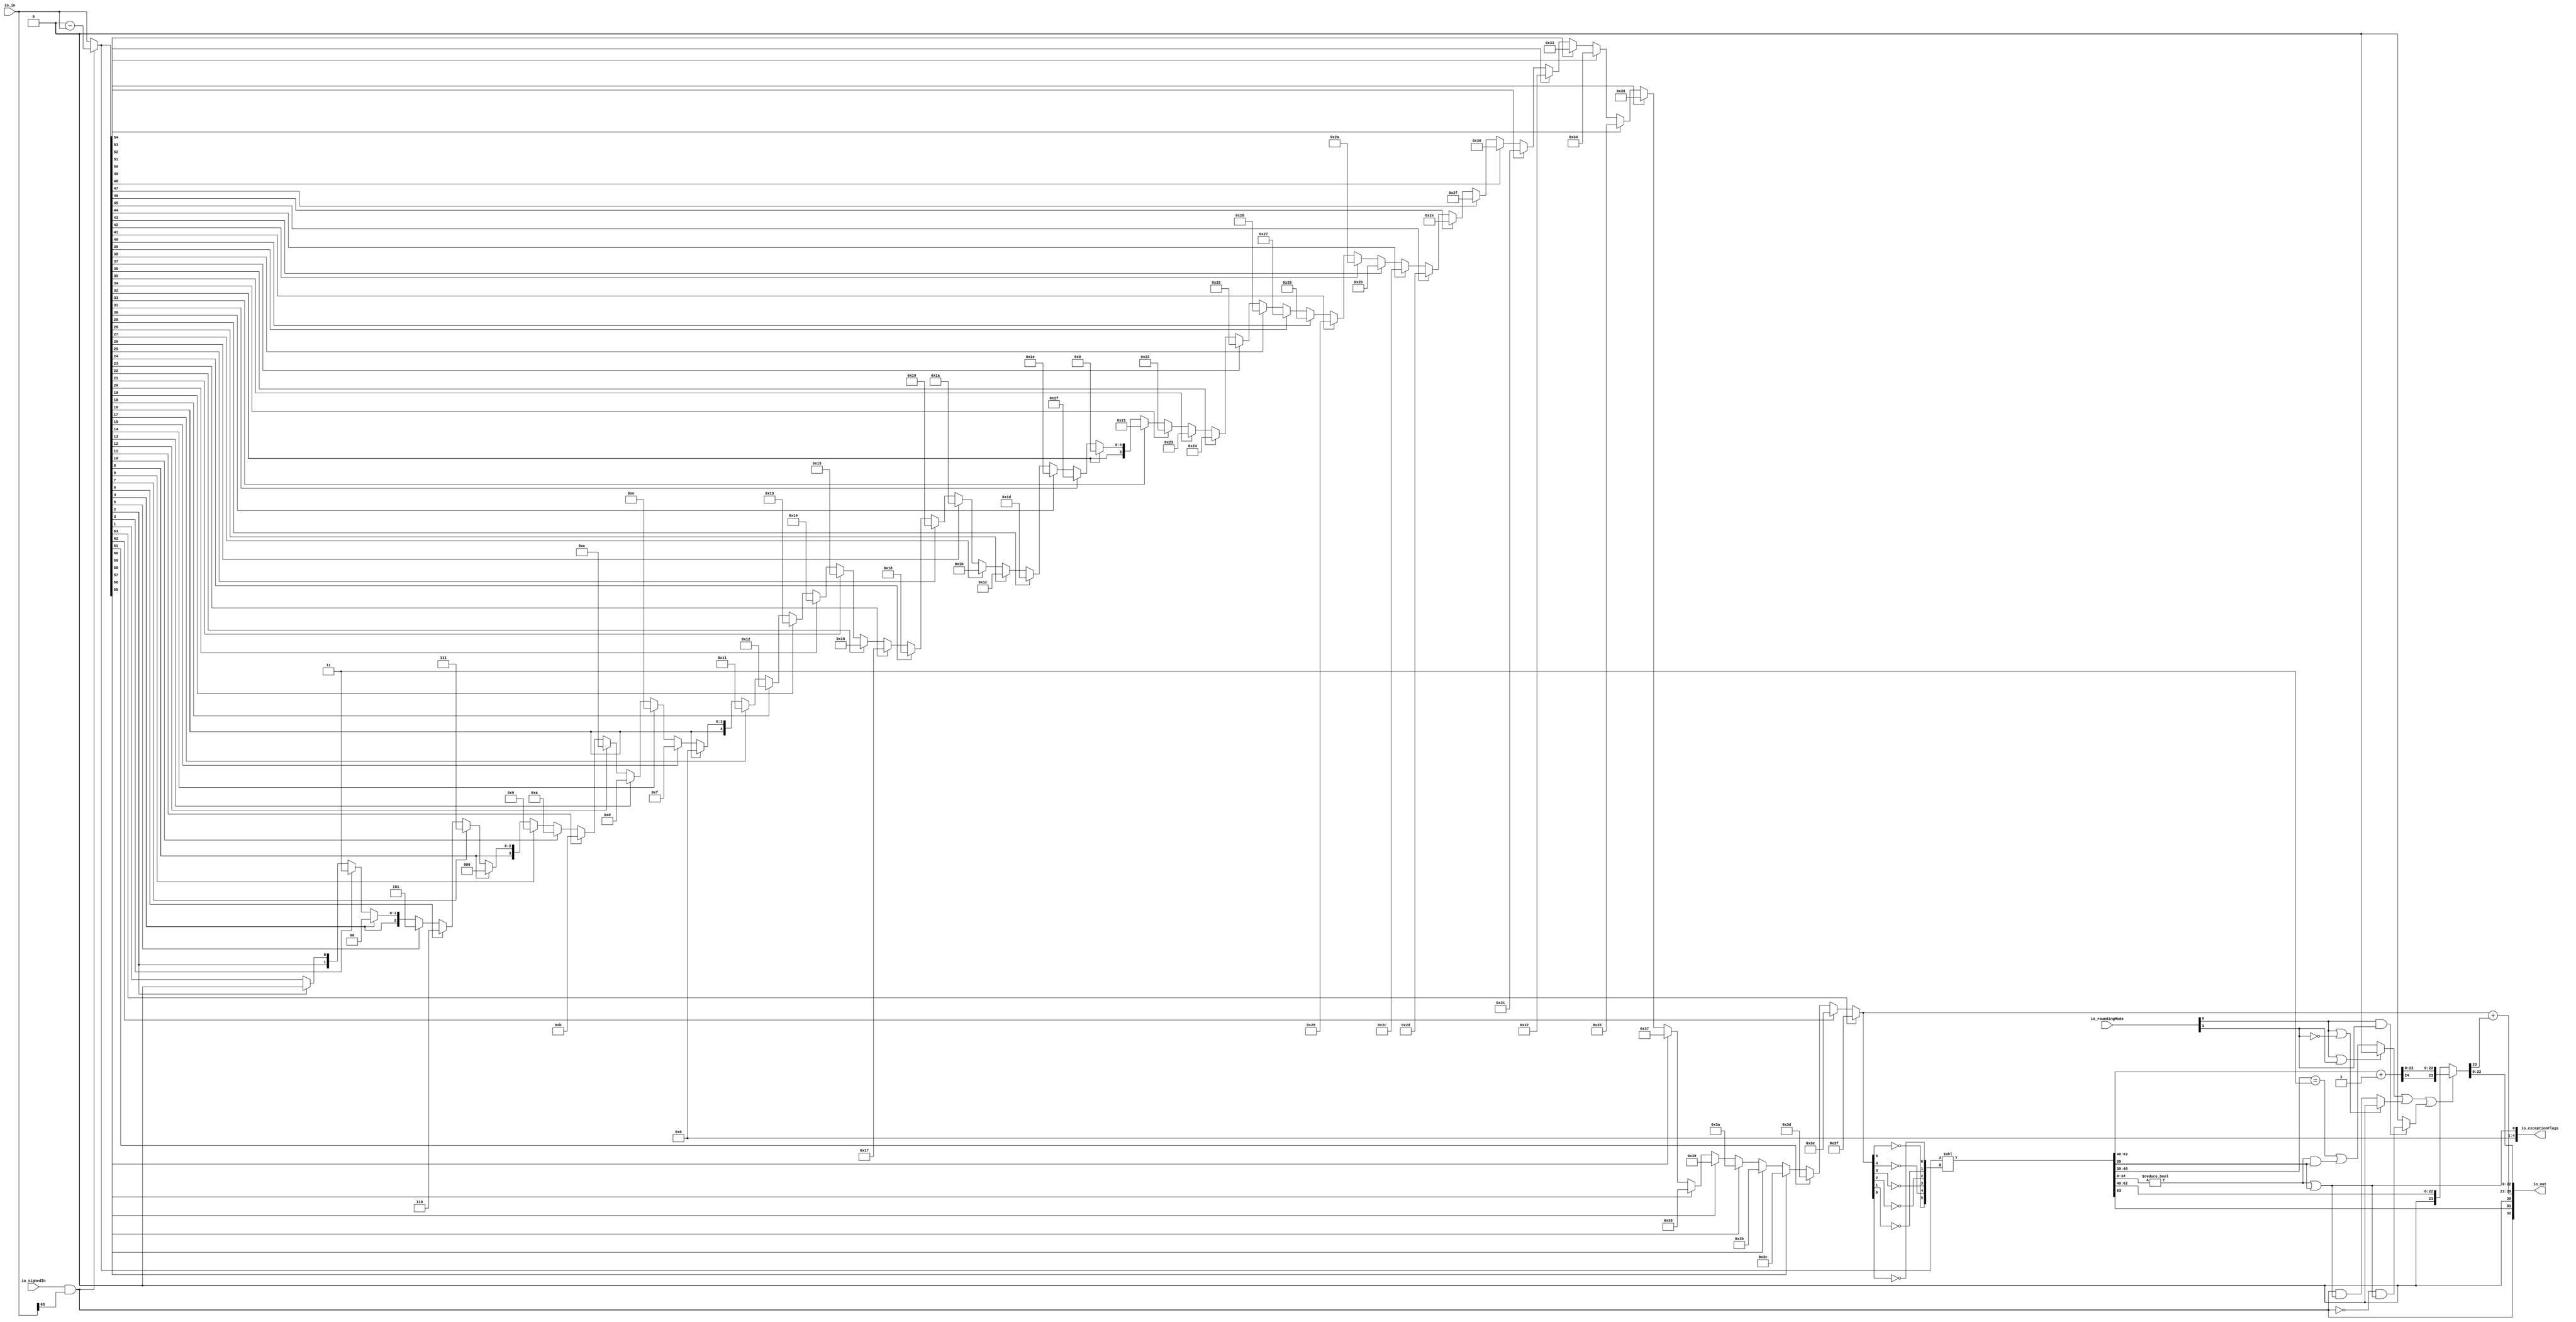
// This program was cloned from: https://github.com/NYU-MLDA/OpenABC
// License: BSD 3-Clause "New" or "Revised" License

module INToRecFN_0
(
  io_signedIn,
  io_in,
  io_roundingMode,
  io_out,
  io_exceptionFlags
);

  input [63:0] io_in;
  input [1:0] io_roundingMode;
  output [32:0] io_out;
  output [4:0] io_exceptionFlags;
  input io_signedIn;
  wire [32:0] io_out;
  wire [4:0] io_exceptionFlags,T69,T70,T71,T72,T73,T74,T75,T76,T77,T78,T79,T80,T81,T82,T83,
  T84;
  wire N0,N1,N2,N3,N4,N5,N6,N7,N8,N9,N10,N11,N12,N13,N14,N15,N16,N17,N18,N19,N20,N21,
  N22,N23,N24,N25,N26,N27,N28,N29,N30,N31,N32,N33,N34,N35,N36,N37,N38,N39,N40,N41,
  N42,N43,N44,N45,N46,N47,N48,N49,N50,N51,N52,N53,N54,N55,N56,N57,N58,N59,N60,N61,
  N62,N63,N64,N65,N66,N67,N68,N69,N70,N71,N72,N73,N74,N75,N76,N77,N78,N79,N80,N81,
  N82,N83,N84,N85,N86,N87,N88,N89,N90,N91,N92,N93,N94,N95,N96,N97,N98,N99,N100,N101,
  N102,N103,N104,N105,N106,N107,N108,N109,N110,N111,N112,N113,N114,N115,N116,N117,
  N118,N119,N120,N121,N122,N123,N124,N125,N126,N127,N128,N129,N130,N131,N132,N133,
  N134,N135,N136,N137,N138,N139,N140,N141,N142,N143,N144,N145,N146,N147,N148,N149,
  N150,N151,N152,N153,N154,N155,N156,N157,N158,N159,N160,N161,N162,N163,N164,N165,
  N166,N167,N168,N169,N170,N171,N172,N173,N174,N175,N176,N177,N178,N179,N180,N181,
  N182,N183,N184,N185,N186,N187,N188,N189,N190,N191,N192,N193,N194,N195,N196,
  round,N197,T16_24,T21,T17,N198,T18,T19,T25,T22,T23,T26,T29,N199,N201,N202,N203,N204,
  N205,N206,SV2V_UNCONNECTED_1;
  wire [0:0] T2;
  wire [38:0] T4;
  wire [62:39] normAbsIn;
  wire [5:0] normCount,T37,T38,T39,T40,T41,T42,T43,T44,T45,T46,T47,T48,T49,T50,T51,T52,T53,
  T54,T55,T56,T57,T58,T59,T60,T61,T62,T63,T64,T65,T66,T67,T68,T34;
  wire [3:0] T85,T86,T87,T88,T89,T90,T91,T92;
  wire [2:0] T93,T94,T95,T96;
  wire [1:0] T97,T98;
  wire [63:0] T7,T9;
  wire [24:24] roundedNorm;
  wire [22:0] T16;
  assign io_out[30] = 1'b0;
  assign io_exceptionFlags[1] = 1'b0;
  assign io_exceptionFlags[2] = 1'b0;
  assign io_exceptionFlags[3] = 1'b0;
  assign io_exceptionFlags[4] = 1'b0;
  assign T2[0] = T4 != 1'b0;
  assign T29 = normAbsIn[40:39] == { 1'b1, 1'b1 };
  assign N199 = T2[0] & normAbsIn[39];
  assign io_exceptionFlags[0] = T2[0] | normAbsIn[39];
  assign N201 = io_roundingMode[0] & io_roundingMode[1];
  assign N202 = io_roundingMode[0] | io_roundingMode[1];
  assign N203 = ~N202;
  assign N204 = ~io_roundingMode[1];
  assign N205 = io_roundingMode[0] | N204;
  assign N206 = ~N205;
  assign { io_out[31:31], normAbsIn, T4 } = T7 << normCount;
  assign T9 = 1'b0 - io_in;
  assign { T16_24, SV2V_UNCONNECTED_1, T16 } = { io_out[31:31], normAbsIn[62:40] } + 1'b1;
  assign io_out[29:23] = T34 + roundedNorm[24];
  assign T37 = (N0)? { 1'b1, 1'b1, 1'b1, 1'b1, 1'b1, 1'b1 } : 
               (N1)? T38 : 1'b0;
  assign N0 = T7[63];
  assign N1 = N134;
  assign T38 = (N2)? { 1'b1, 1'b1, 1'b1, 1'b1, 1'b1, 1'b0 } : 
               (N3)? T39 : 1'b0;
  assign N2 = T7[62];
  assign N3 = N135;
  assign T39 = (N4)? { 1'b1, 1'b1, 1'b1, 1'b1, 1'b0, 1'b1 } : 
               (N5)? T40 : 1'b0;
  assign N4 = T7[61];
  assign N5 = N136;
  assign T40 = (N6)? { 1'b1, 1'b1, 1'b1, 1'b1, 1'b0, 1'b0 } : 
               (N7)? T41 : 1'b0;
  assign N6 = T7[60];
  assign N7 = N137;
  assign T41 = (N8)? { 1'b1, 1'b1, 1'b1, 1'b0, 1'b1, 1'b1 } : 
               (N9)? T42 : 1'b0;
  assign N8 = T7[59];
  assign N9 = N138;
  assign T42 = (N10)? { 1'b1, 1'b1, 1'b1, 1'b0, 1'b1, 1'b0 } : 
               (N11)? T43 : 1'b0;
  assign N10 = T7[58];
  assign N11 = N139;
  assign T43 = (N12)? { 1'b1, 1'b1, 1'b1, 1'b0, 1'b0, 1'b1 } : 
               (N13)? T44 : 1'b0;
  assign N12 = T7[57];
  assign N13 = N140;
  assign T44 = (N14)? { 1'b1, 1'b1, 1'b1, 1'b0, 1'b0, 1'b0 } : 
               (N15)? T45 : 1'b0;
  assign N14 = T7[56];
  assign N15 = N141;
  assign T45 = (N16)? { 1'b1, 1'b1, 1'b0, 1'b1, 1'b1, 1'b1 } : 
               (N17)? T46 : 1'b0;
  assign N16 = T7[55];
  assign N17 = N142;
  assign T46 = (N18)? { 1'b1, 1'b1, 1'b0, 1'b1, 1'b1, 1'b0 } : 
               (N19)? T47 : 1'b0;
  assign N18 = T7[54];
  assign N19 = N143;
  assign T47 = (N20)? { 1'b1, 1'b1, 1'b0, 1'b1, 1'b0, 1'b1 } : 
               (N21)? T48 : 1'b0;
  assign N20 = T7[53];
  assign N21 = N144;
  assign T48 = (N22)? { 1'b1, 1'b1, 1'b0, 1'b1, 1'b0, 1'b0 } : 
               (N23)? T49 : 1'b0;
  assign N22 = T7[52];
  assign N23 = N145;
  assign T49 = (N24)? { 1'b1, 1'b1, 1'b0, 1'b0, 1'b1, 1'b1 } : 
               (N25)? T50 : 1'b0;
  assign N24 = T7[51];
  assign N25 = N146;
  assign T50 = (N26)? { 1'b1, 1'b1, 1'b0, 1'b0, 1'b1, 1'b0 } : 
               (N27)? T51 : 1'b0;
  assign N26 = T7[50];
  assign N27 = N147;
  assign T51 = (N28)? { 1'b1, 1'b1, 1'b0, 1'b0, 1'b0, 1'b1 } : 
               (N29)? T52 : 1'b0;
  assign N28 = T7[49];
  assign N29 = N148;
  assign T52 = (N30)? { 1'b1, 1'b1, 1'b0, 1'b0, 1'b0, 1'b0 } : 
               (N31)? T53 : 1'b0;
  assign N30 = T7[48];
  assign N31 = N149;
  assign T53 = (N32)? { 1'b1, 1'b0, 1'b1, 1'b1, 1'b1, 1'b1 } : 
               (N33)? T54 : 1'b0;
  assign N32 = T7[47];
  assign N33 = N150;
  assign T54 = (N34)? { 1'b1, 1'b0, 1'b1, 1'b1, 1'b1, 1'b0 } : 
               (N35)? T55 : 1'b0;
  assign N34 = T7[46];
  assign N35 = N151;
  assign T55 = (N36)? { 1'b1, 1'b0, 1'b1, 1'b1, 1'b0, 1'b1 } : 
               (N37)? T56 : 1'b0;
  assign N36 = T7[45];
  assign N37 = N152;
  assign T56 = (N38)? { 1'b1, 1'b0, 1'b1, 1'b1, 1'b0, 1'b0 } : 
               (N39)? T57 : 1'b0;
  assign N38 = T7[44];
  assign N39 = N153;
  assign T57 = (N40)? { 1'b1, 1'b0, 1'b1, 1'b0, 1'b1, 1'b1 } : 
               (N41)? T58 : 1'b0;
  assign N40 = T7[43];
  assign N41 = N154;
  assign T58 = (N42)? { 1'b1, 1'b0, 1'b1, 1'b0, 1'b1, 1'b0 } : 
               (N43)? T59 : 1'b0;
  assign N42 = T7[42];
  assign N43 = N155;
  assign T59 = (N44)? { 1'b1, 1'b0, 1'b1, 1'b0, 1'b0, 1'b1 } : 
               (N45)? T60 : 1'b0;
  assign N44 = T7[41];
  assign N45 = N156;
  assign T60 = (N46)? { 1'b1, 1'b0, 1'b1, 1'b0, 1'b0, 1'b0 } : 
               (N47)? T61 : 1'b0;
  assign N46 = T7[40];
  assign N47 = N157;
  assign T61 = (N48)? { 1'b1, 1'b0, 1'b0, 1'b1, 1'b1, 1'b1 } : 
               (N49)? T62 : 1'b0;
  assign N48 = T7[39];
  assign N49 = N158;
  assign T62 = (N50)? { 1'b1, 1'b0, 1'b0, 1'b1, 1'b1, 1'b0 } : 
               (N51)? T63 : 1'b0;
  assign N50 = T7[38];
  assign N51 = N159;
  assign T63 = (N52)? { 1'b1, 1'b0, 1'b0, 1'b1, 1'b0, 1'b1 } : 
               (N53)? T64 : 1'b0;
  assign N52 = T7[37];
  assign N53 = N160;
  assign T64 = (N54)? { 1'b1, 1'b0, 1'b0, 1'b1, 1'b0, 1'b0 } : 
               (N55)? T65 : 1'b0;
  assign N54 = T7[36];
  assign N55 = N161;
  assign T65 = (N56)? { 1'b1, 1'b0, 1'b0, 1'b0, 1'b1, 1'b1 } : 
               (N57)? T66 : 1'b0;
  assign N56 = T7[35];
  assign N57 = N162;
  assign T66 = (N58)? { 1'b1, 1'b0, 1'b0, 1'b0, 1'b1, 1'b0 } : 
               (N59)? T67 : 1'b0;
  assign N58 = T7[34];
  assign N59 = N163;
  assign T67 = (N60)? { 1'b1, 1'b0, 1'b0, 1'b0, 1'b0, 1'b1 } : 
               (N61)? T68 : 1'b0;
  assign N60 = T7[33];
  assign N61 = N164;
  assign T68[4:0] = (N62)? { 1'b0, 1'b0, 1'b0, 1'b0, 1'b0 } : 
                    (N63)? T69 : 1'b0;
  assign N62 = T68[5];
  assign N63 = N165;
  assign T69 = (N64)? { 1'b1, 1'b1, 1'b1, 1'b1, 1'b1 } : 
               (N65)? T70 : 1'b0;
  assign N64 = T7[31];
  assign N65 = N166;
  assign T70 = (N66)? { 1'b1, 1'b1, 1'b1, 1'b1, 1'b0 } : 
               (N67)? T71 : 1'b0;
  assign N66 = T7[30];
  assign N67 = N167;
  assign T71 = (N68)? { 1'b1, 1'b1, 1'b1, 1'b0, 1'b1 } : 
               (N69)? T72 : 1'b0;
  assign N68 = T7[29];
  assign N69 = N168;
  assign T72 = (N70)? { 1'b1, 1'b1, 1'b1, 1'b0, 1'b0 } : 
               (N71)? T73 : 1'b0;
  assign N70 = T7[28];
  assign N71 = N169;
  assign T73 = (N72)? { 1'b1, 1'b1, 1'b0, 1'b1, 1'b1 } : 
               (N73)? T74 : 1'b0;
  assign N72 = T7[27];
  assign N73 = N170;
  assign T74 = (N74)? { 1'b1, 1'b1, 1'b0, 1'b1, 1'b0 } : 
               (N75)? T75 : 1'b0;
  assign N74 = T7[26];
  assign N75 = N171;
  assign T75 = (N76)? { 1'b1, 1'b1, 1'b0, 1'b0, 1'b1 } : 
               (N77)? T76 : 1'b0;
  assign N76 = T7[25];
  assign N77 = N172;
  assign T76 = (N78)? { 1'b1, 1'b1, 1'b0, 1'b0, 1'b0 } : 
               (N79)? T77 : 1'b0;
  assign N78 = T7[24];
  assign N79 = N173;
  assign T77 = (N80)? { 1'b1, 1'b0, 1'b1, 1'b1, 1'b1 } : 
               (N81)? T78 : 1'b0;
  assign N80 = T7[23];
  assign N81 = N174;
  assign T78 = (N82)? { 1'b1, 1'b0, 1'b1, 1'b1, 1'b0 } : 
               (N83)? T79 : 1'b0;
  assign N82 = T7[22];
  assign N83 = N175;
  assign T79 = (N84)? { 1'b1, 1'b0, 1'b1, 1'b0, 1'b1 } : 
               (N85)? T80 : 1'b0;
  assign N84 = T7[21];
  assign N85 = N176;
  assign T80 = (N86)? { 1'b1, 1'b0, 1'b1, 1'b0, 1'b0 } : 
               (N87)? T81 : 1'b0;
  assign N86 = T7[20];
  assign N87 = N177;
  assign T81 = (N88)? { 1'b1, 1'b0, 1'b0, 1'b1, 1'b1 } : 
               (N89)? T82 : 1'b0;
  assign N88 = T7[19];
  assign N89 = N178;
  assign T82 = (N90)? { 1'b1, 1'b0, 1'b0, 1'b1, 1'b0 } : 
               (N91)? T83 : 1'b0;
  assign N90 = T7[18];
  assign N91 = N179;
  assign T83 = (N92)? { 1'b1, 1'b0, 1'b0, 1'b0, 1'b1 } : 
               (N93)? T84 : 1'b0;
  assign N92 = T7[17];
  assign N93 = N180;
  assign T84[3:0] = (N94)? { 1'b0, 1'b0, 1'b0, 1'b0 } : 
                    (N95)? T85 : 1'b0;
  assign N94 = T84[4];
  assign N95 = N181;
  assign T85 = (N96)? { 1'b1, 1'b1, 1'b1, 1'b1 } : 
               (N97)? T86 : 1'b0;
  assign N96 = T7[15];
  assign N97 = N182;
  assign T86 = (N98)? { 1'b1, 1'b1, 1'b1, 1'b0 } : 
               (N99)? T87 : 1'b0;
  assign N98 = T7[14];
  assign N99 = N183;
  assign T87 = (N100)? { 1'b1, 1'b1, 1'b0, 1'b1 } : 
               (N101)? T88 : 1'b0;
  assign N100 = T7[13];
  assign N101 = N184;
  assign T88 = (N102)? { 1'b1, 1'b1, 1'b0, 1'b0 } : 
               (N103)? T89 : 1'b0;
  assign N102 = T7[12];
  assign N103 = N185;
  assign T89 = (N104)? { 1'b1, 1'b0, 1'b1, 1'b1 } : 
               (N105)? T90 : 1'b0;
  assign N104 = T7[11];
  assign N105 = N186;
  assign T90 = (N106)? { 1'b1, 1'b0, 1'b1, 1'b0 } : 
               (N107)? T91 : 1'b0;
  assign N106 = T7[10];
  assign N107 = N187;
  assign T91 = (N108)? { 1'b1, 1'b0, 1'b0, 1'b1 } : 
               (N109)? T92 : 1'b0;
  assign N108 = T7[9];
  assign N109 = N188;
  assign T92[2:0] = (N110)? { 1'b0, 1'b0, 1'b0 } : 
                    (N111)? T93 : 1'b0;
  assign N110 = T92[3];
  assign N111 = N189;
  assign T93 = (N112)? { 1'b1, 1'b1, 1'b1 } : 
               (N113)? T94 : 1'b0;
  assign N112 = T7[7];
  assign N113 = N190;
  assign T94 = (N114)? { 1'b1, 1'b1, 1'b0 } : 
               (N115)? T95 : 1'b0;
  assign N114 = T7[6];
  assign N115 = N191;
  assign T95 = (N116)? { 1'b1, 1'b0, 1'b1 } : 
               (N117)? T96 : 1'b0;
  assign N116 = T7[5];
  assign N117 = N192;
  assign T96[1:0] = (N118)? { 1'b0, 1'b0 } : 
                    (N119)? T97 : 1'b0;
  assign N118 = T96[2];
  assign N119 = N193;
  assign T97 = (N120)? { 1'b1, 1'b1 } : 
               (N121)? T98 : 1'b0;
  assign N120 = T7[3];
  assign N121 = N194;
  assign T98[0] = (N122)? 1'b0 : 
                  (N123)? T7[1] : 1'b0;
  assign N122 = T98[1];
  assign N123 = N195;
  assign T7 = (N124)? T9 : 
              (N125)? io_in : 1'b0;
  assign N124 = io_out[32];
  assign N125 = N196;
  assign { roundedNorm[24:24], io_out[22:0] } = (N126)? { T16_24, T16 } : 
                                                (N127)? { 1'b0, normAbsIn[62:40] } : 1'b0;
  assign N126 = round;
  assign N127 = N197;
  assign T17 = (N128)? T18 : 
               (N129)? 1'b0 : 1'b0;
  assign N128 = N201;
  assign N129 = N198;
  assign T22 = (N130)? T23 : 
               (N131)? 1'b0 : 1'b0;
  assign N130 = N206;
  assign N131 = N205;
  assign T25 = (N132)? T26 : 
               (N133)? 1'b0 : 1'b0;
  assign N132 = N203;
  assign N133 = N202;
  assign normCount[5] = ~T37[5];
  assign normCount[4] = ~T37[4];
  assign normCount[3] = ~T37[3];
  assign normCount[2] = ~T37[2];
  assign normCount[1] = ~T37[1];
  assign normCount[0] = ~T37[0];
  assign N134 = ~T7[63];
  assign N135 = ~T7[62];
  assign N136 = ~T7[61];
  assign N137 = ~T7[60];
  assign N138 = ~T7[59];
  assign N139 = ~T7[58];
  assign N140 = ~T7[57];
  assign N141 = ~T7[56];
  assign N142 = ~T7[55];
  assign N143 = ~T7[54];
  assign N144 = ~T7[53];
  assign N145 = ~T7[52];
  assign N146 = ~T7[51];
  assign N147 = ~T7[50];
  assign N148 = ~T7[49];
  assign N149 = ~T7[48];
  assign N150 = ~T7[47];
  assign N151 = ~T7[46];
  assign N152 = ~T7[45];
  assign N153 = ~T7[44];
  assign N154 = ~T7[43];
  assign N155 = ~T7[42];
  assign N156 = ~T7[41];
  assign N157 = ~T7[40];
  assign N158 = ~T7[39];
  assign N159 = ~T7[38];
  assign N160 = ~T7[37];
  assign N161 = ~T7[36];
  assign N162 = ~T7[35];
  assign N163 = ~T7[34];
  assign N164 = ~T7[33];
  assign N165 = ~T7[32];
  assign T68[5] = T7[32];
  assign N166 = ~T7[31];
  assign N167 = ~T7[30];
  assign N168 = ~T7[29];
  assign N169 = ~T7[28];
  assign N170 = ~T7[27];
  assign N171 = ~T7[26];
  assign N172 = ~T7[25];
  assign N173 = ~T7[24];
  assign N174 = ~T7[23];
  assign N175 = ~T7[22];
  assign N176 = ~T7[21];
  assign N177 = ~T7[20];
  assign N178 = ~T7[19];
  assign N179 = ~T7[18];
  assign N180 = ~T7[17];
  assign N181 = ~T7[16];
  assign T84[4] = T7[16];
  assign N182 = ~T7[15];
  assign N183 = ~T7[14];
  assign N184 = ~T7[13];
  assign N185 = ~T7[12];
  assign N186 = ~T7[11];
  assign N187 = ~T7[10];
  assign N188 = ~T7[9];
  assign N189 = ~T7[8];
  assign T92[3] = T7[8];
  assign N190 = ~T7[7];
  assign N191 = ~T7[6];
  assign N192 = ~T7[5];
  assign N193 = ~T7[4];
  assign T96[2] = T7[4];
  assign N194 = ~T7[3];
  assign N195 = ~T7[2];
  assign T98[1] = T7[2];
  assign N196 = ~io_out[32];
  assign io_out[32] = io_signedIn & io_in[63];
  assign N197 = ~round;
  assign round = T21 | T17;
  assign N198 = ~N201;
  assign T18 = T19 & io_exceptionFlags[0];
  assign T19 = ~io_out[32];
  assign T21 = T25 | T22;
  assign T23 = io_out[32] & io_exceptionFlags[0];
  assign T26 = T29 | N199;
  assign T34[5] = ~normCount[5];
  assign T34[4] = ~normCount[4];
  assign T34[3] = ~normCount[3];
  assign T34[2] = ~normCount[2];
  assign T34[1] = ~normCount[1];
  assign T34[0] = ~normCount[0];

endmodule